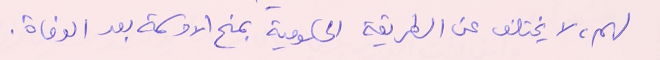
لهم، لا يختلف عن الطريقة الحكومية بمنح الاوسمة بعد الوفاة.